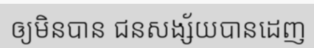
ឲ្យមិនបាន ជនសង្ស័យបានដេញ